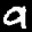
Label: 9